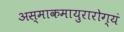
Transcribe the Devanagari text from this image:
अस्माकमायुरारोग्यं